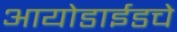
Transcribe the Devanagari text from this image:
आयोडाईडचे